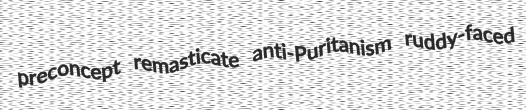
preconcept remasticate anti-Puritanism ruddy-faced